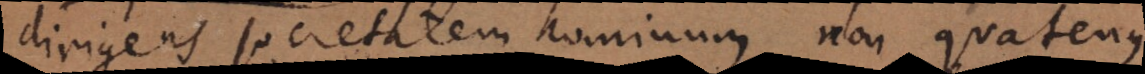
dirigens societatem hominum, non quatenus